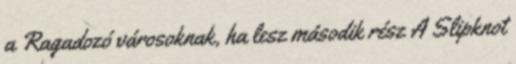
a Ragadozó városoknak, ha lesz második rész A Slipknot